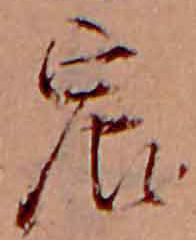
宸